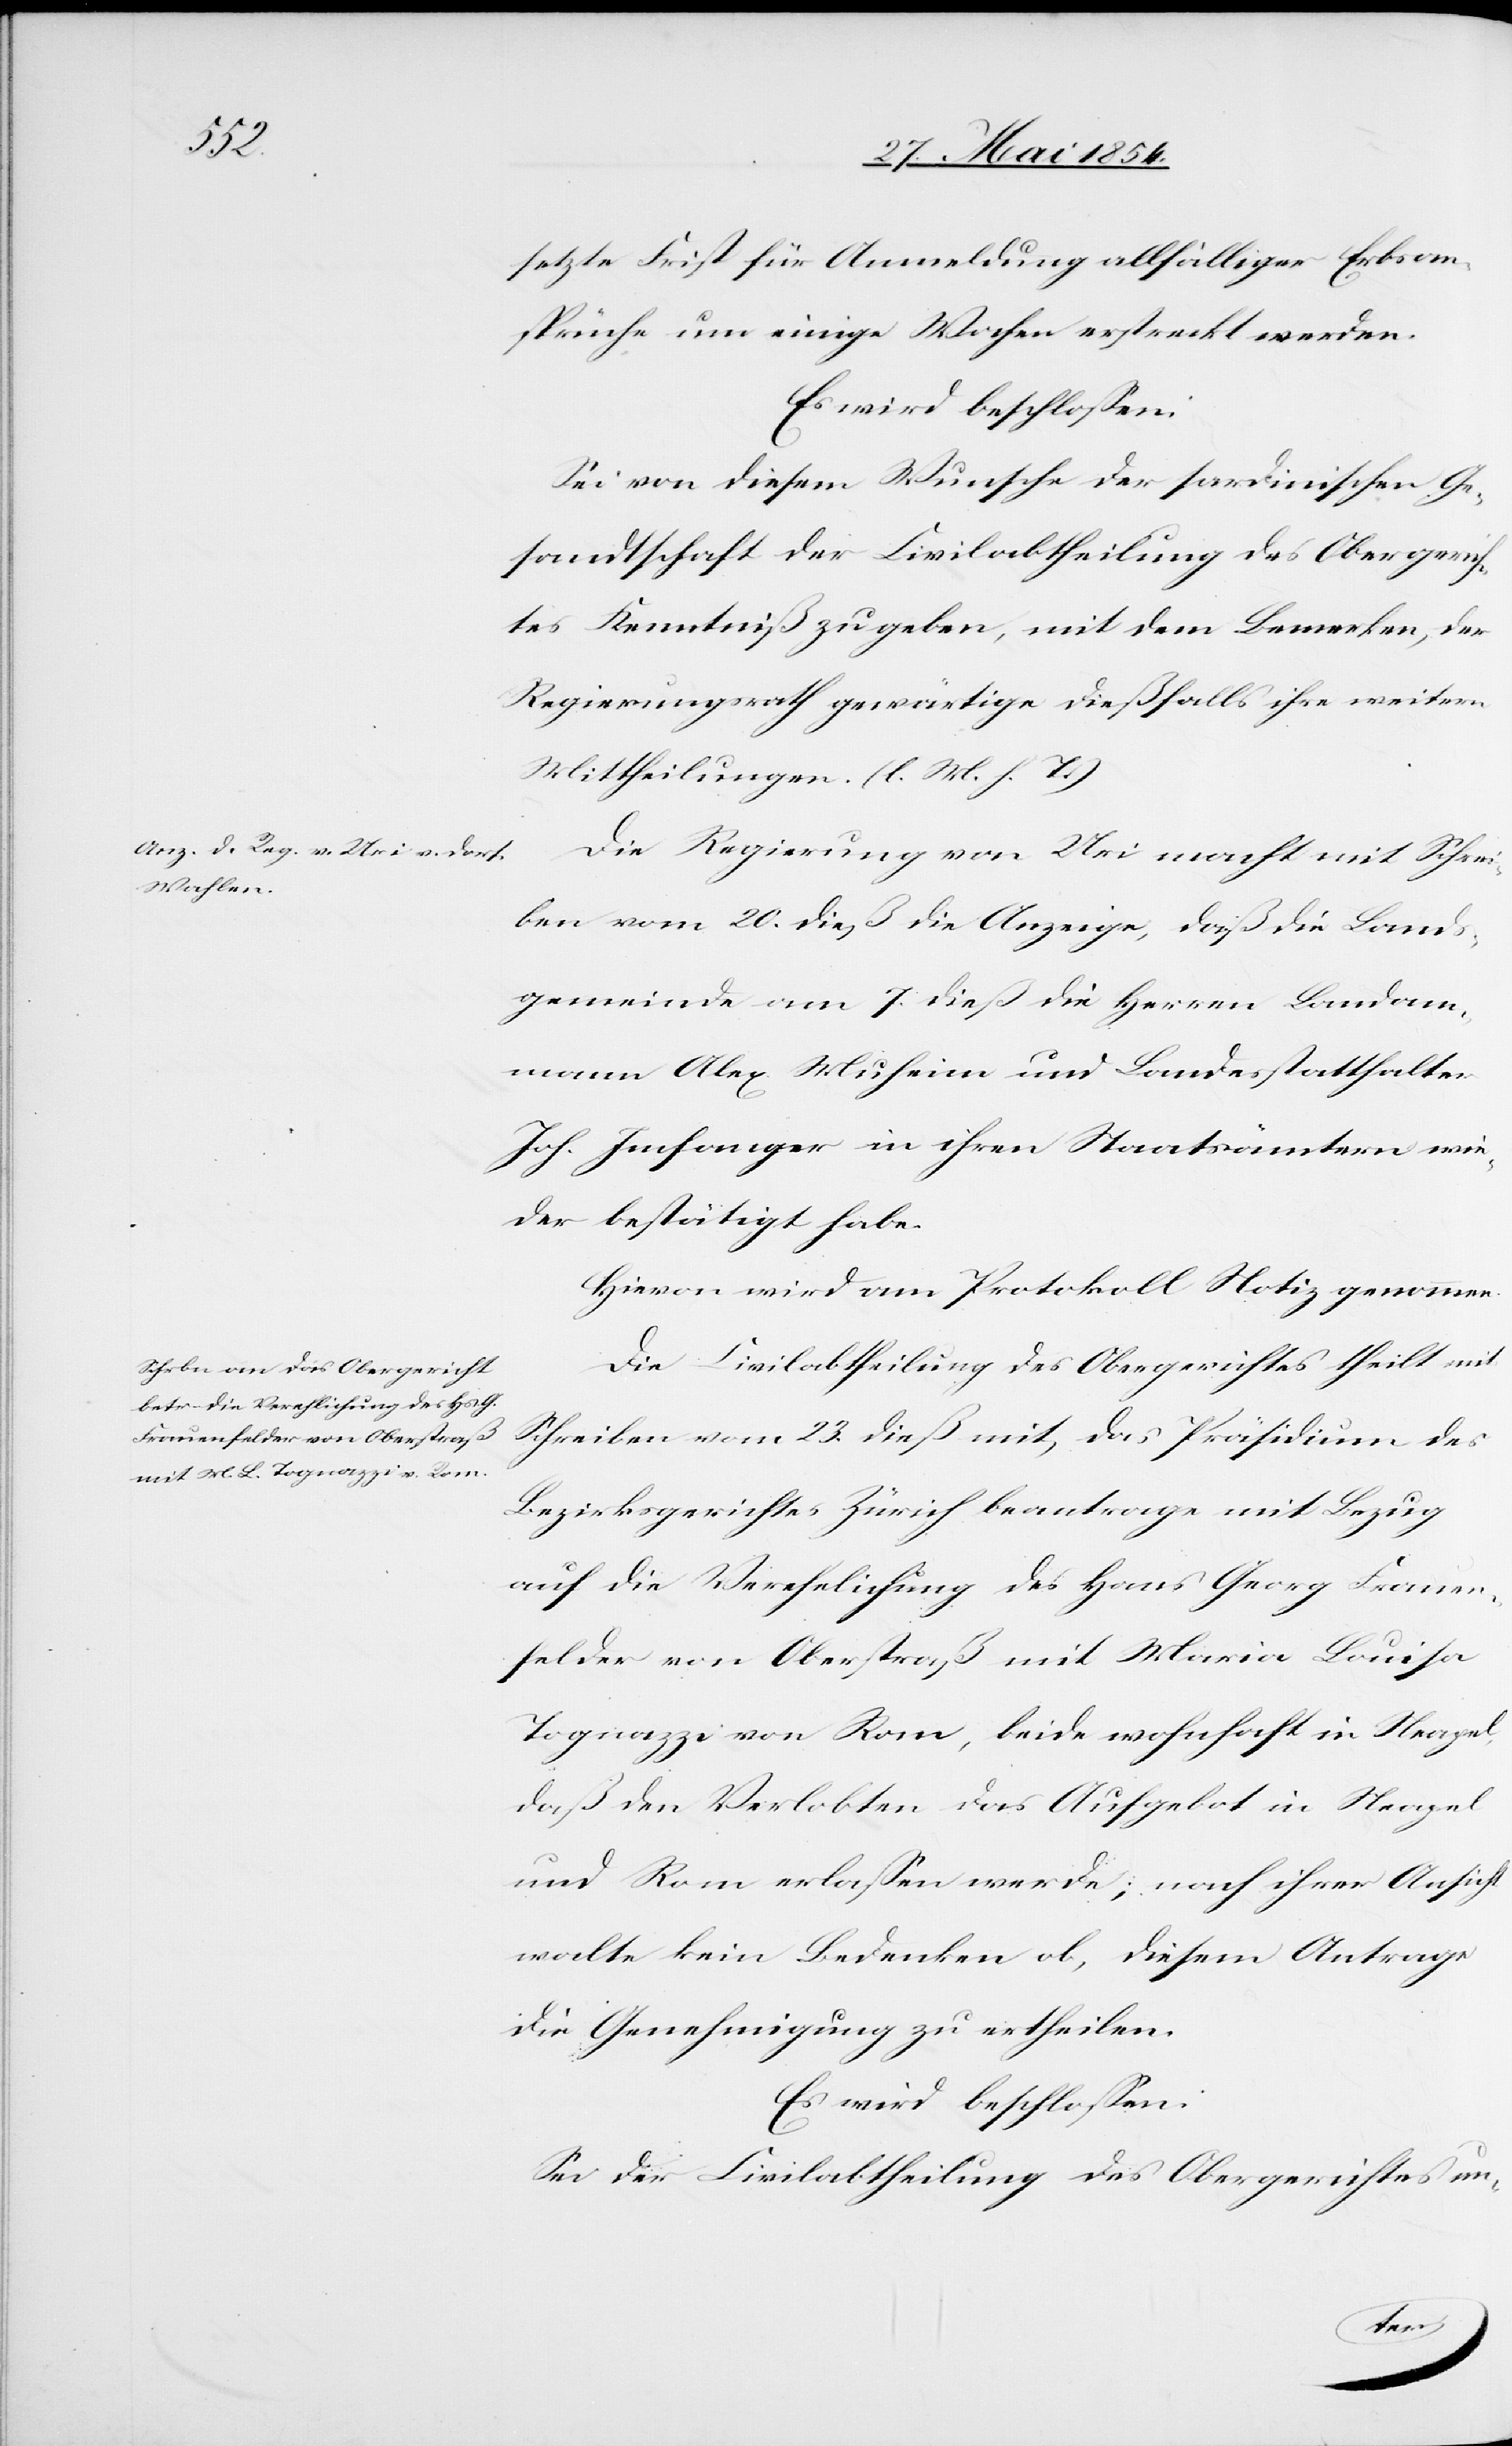
setzte Frist für Anmeldung allfälliger Erbsan¬
sprüche um einige Wochen erstreckt werden.
Es wird beschloßen:
Sei von diesem Wunsche der sardinischen Ge¬
sandtschaft der Civilabtheilung des Obergerich¬
tes Kenntniß zu geben, mit dem Bemerken, der
Regierungsrath gewärtige dießfalls ihre weitern
Mittheilungen. (l. M. h. T.)
Die Regierung von Uri macht mit Schrei¬
ben vom 20. dieß die Anzeige, daß die Lands¬
gemeinde am 7. dieß die Herren Landam¬
mann Alex Muheim und Landesstatthalter
Joh. Imfanger in ihren Staatsämtern wie¬
der bestätigt habe.
Hievon wird am Protokoll Notiz genommen.
Die Civilabtheilung des Obergerichtes theilt mit
Schreiben vom 23. dieß mit, das Präsidium des
Bezirksgerichtes Zürich beantrage mit Bezug
auf die Verehelichung des Hans Georg Frauen¬
felder von Oberstraß mit Maria Louisa
Tognazzi von Rom, beide wohnhaft in Neapel,
daß den Verlobten das Aufgebot in Neapel
und Rom erlaßen werde; nach ihrer Ansicht
walte kein Bedenken ob, diesem Antrage
die Genehmigung zu ertheilen.
Sei der Civilabtheilung des Obergerichtes un-